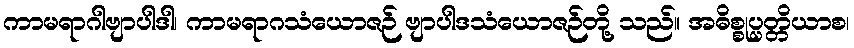
ကာမရာဂါဗျာပါဒါ၊ ကာမရာဂသံယောဇဉ် ဗျာပါဒသံယောဇဉ်တို့ သည်။ အဓိစ္စုပ္ပတ္တိယာစ၊